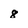
Character: 8